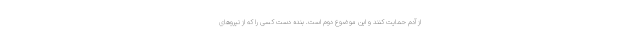
از آدم حمایت کنند و این موضوع دوم است. بنده دست کسی را که از نیروهای